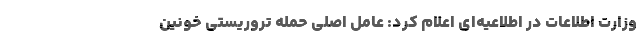
وزارت اطلاعات در اطلاعیه‌ای اعلام کرد: عامل اصلی حمله تروریستی خونین